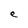
Character: e